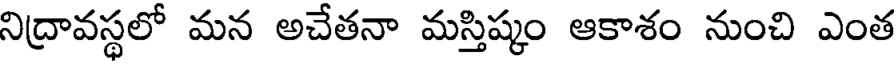
నిద్రావస్థలో మన అచేతనా మస్తిష్కం ఆకాశం నుంచి ఎంత